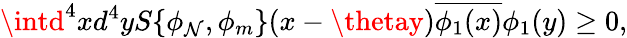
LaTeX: \intd^{4}xd^{4}yS\{ \phi_{\mathcal{N}},\phi_{m}\} (x-\thetay)\overline{{{{\phi_{1}(x)}}}}\phi_{1}(y)\geq0,